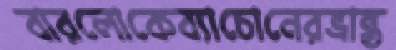
বারলোকেব্যাচোনেরভ্রান্ত